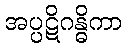
အပ္ပဋိဂန္ဓိကာ